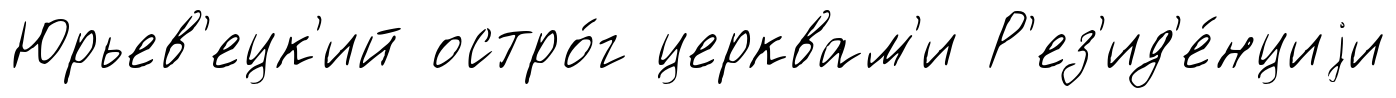
Юрьев'ецк'ий остро́г церквам'и Р'ез'ид'е́нциjи